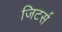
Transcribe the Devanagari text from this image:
जिटर्स